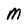
Character: M